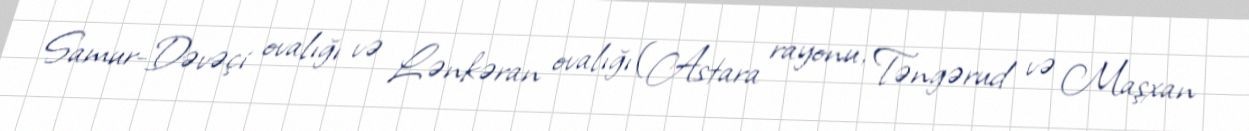
Samur-Dəvəçi ovalığı və Lənkəran ovalığı (Astara rayonu, Təngərud və Maşxan